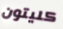
كليتون